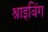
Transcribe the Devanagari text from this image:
श्राइविंग